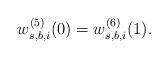
LaTeX: \begin{align*}w_{s,b,i}^{(5)}(0)=w_{s,b,i}^{(6)}(1).\end{align*}